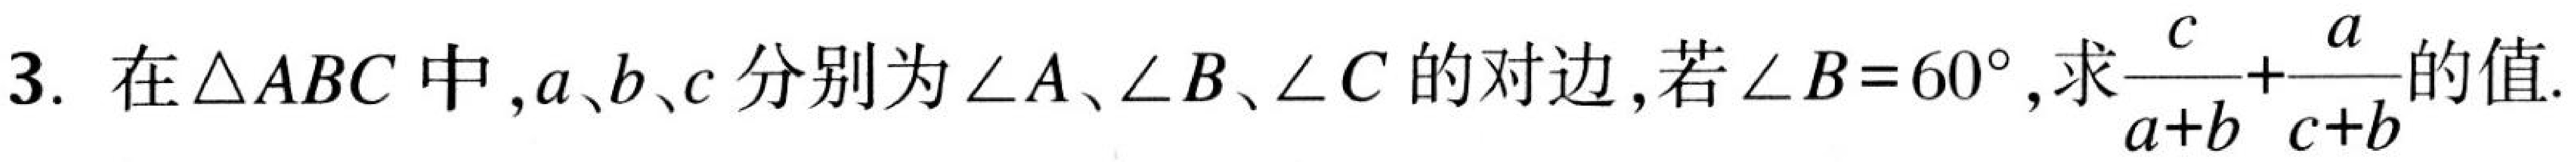
3. 在\(\triangle ABC\)中，\(a、b、c\)分别为\(\angle A、\angle B、\angle C\)的对边，若\(\angle B = 60^{\circ}\)，求\(\frac{c}{a + b}+\frac{a}{c + b}\)的值.